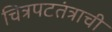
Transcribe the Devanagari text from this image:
चित्रपटतंत्राची